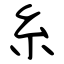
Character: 糸